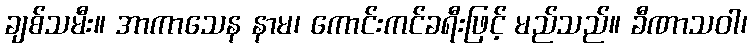
ချစ်သမီး။ အာကာသေန နာမ၊ ကောင်းကင်ခရီးဖြင့် မည်သည်။ ခီဏာသဝါ၊